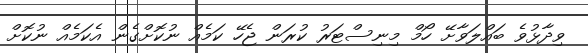
ވިދާޅުވެ ބައްލަވާށޭ ހޯމް މިނިސްޓަރު ކުރަން ޖެހޭ ކަމެއް ނުކޮށްގެން އެކަމެއް ނުކޮށް